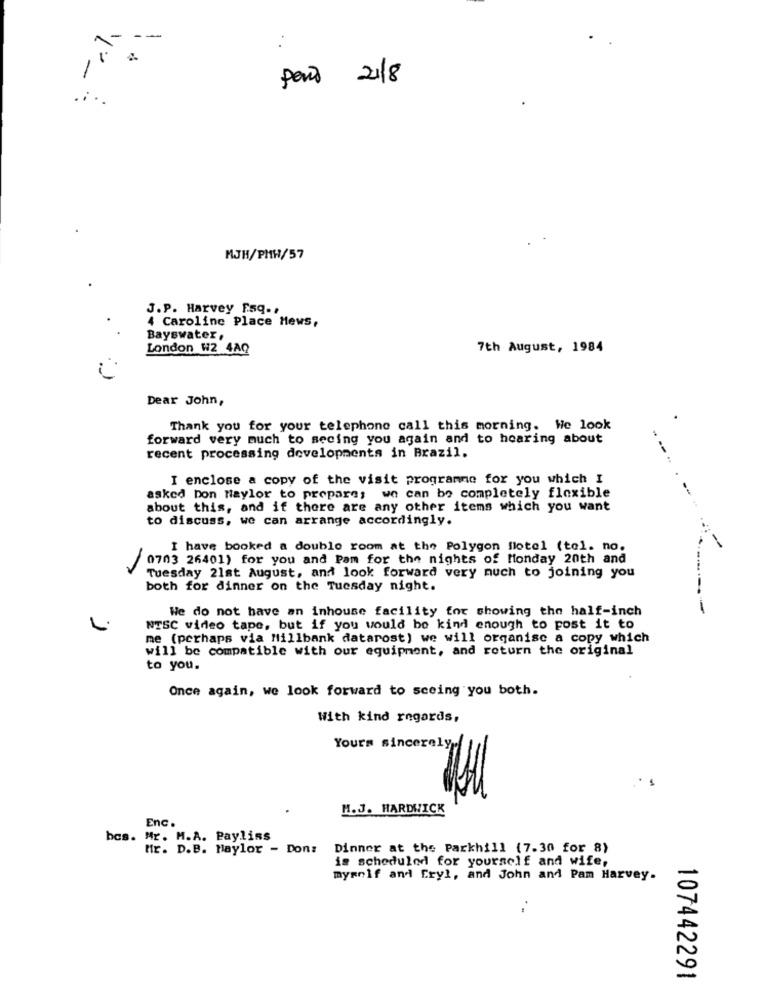
:
paris 21/8
....
MJH/PHH/57
J.P. Harvey Faq ..
4 Caroline Place Hews,
Bayswater,
London W2 4AQ
7th August, 1984
Dear John,
Thank you for your telephone call this morning. We look
forward very much to secing you again and to hearing about
recent processing developments in Brazil.
I enclose a copy of the visit programme for you which I
asked Don Naylor to prepare; we can be completely flexible
about this, and if there are any other items which you want
to discuss, we can arrange accordingly.
I have booked a double room at the Polygon flotel (tel. no.
0703 26401) for you and Pam for the nights of Monday 20th and
Tuesday 21st August, and look forward very much to joining you
both for dinner on the Tuesday night.
We do not have an inhouse facility for showing the half-inch
-
1
NTSC video tape, but if you would be kind enough to post it to
me (perhaps via Millbank datarost) we will organise a copy which
will be compatible with our equipment, and return the original
to you.
Once again, we look forward to seeing you both.
With kind regards,
Yours sincerely
H.J. HARDWICK
Enc.
bcs. Mr. M.A. Paylins
tir. D.B. Haylor - Don:
Dinner at the Parkhill (7.30 for 8)
is scheduled for yourself and wife,
myself and Cryl, and John and Pam Harvey.
107442291